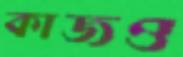
কাজও